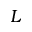
L